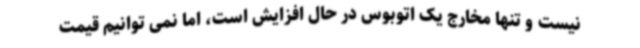
نیست و تنها مخارج یک اتوبوس در حال افزایش است، اما نمی توانیم قیمت